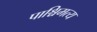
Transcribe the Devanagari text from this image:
पाश्चिमत्य